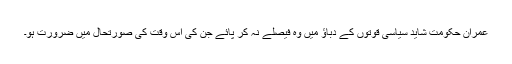
عمران حکومت شاید سیاسی قوتوں کے دباؤ میں وہ فیصلے نہ کر پائے جن کی اس وقت کی صورتحال میں ضرورت ہو۔